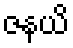
ဇနယိ